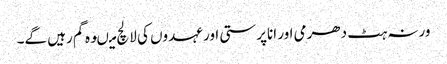
ورنہ ہٹ دھرمی اور اناپرستی اور عہدوں کی لالچ میںوہ گم رہیں گے۔